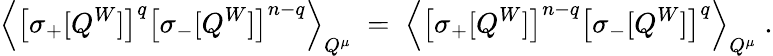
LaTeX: \left\langle\left[\sigma_{+}[Q^{W}]\right]^{q}\left[\sigma_{-}[Q^{W}]\right]^{n-q}\right\rangle_{Q^{\mu}}\; =\; \left\langle\left[\sigma_{+}[Q^{W}]\right]^{n-q}\left[\sigma_{-}[Q^{W}]\right]^{q}\right\rangle_{Q^{\mu}}\; .